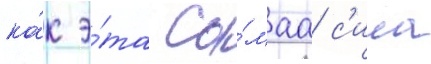
ка́к э́та са́маа с'ила